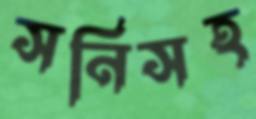
সনিসহ